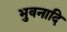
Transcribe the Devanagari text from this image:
भुवनादि